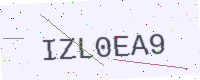
Text: IZL0EA9